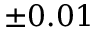
\pm 0 . 0 1